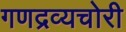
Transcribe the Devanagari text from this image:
गणद्रव्यचोरी